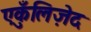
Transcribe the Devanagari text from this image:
एकुँलिज़ेद